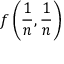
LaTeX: f \left( { \frac { 1 } { n } } , { \frac { 1 } { n } } \right)